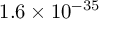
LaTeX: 1 . 6 \times 1 0 ^ { - 3 5 }